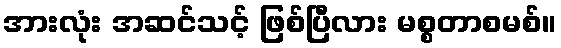
အားလုံး အဆင်သင့် ဖြစ်ပြီလား မစ္စတာစမစ်။